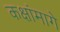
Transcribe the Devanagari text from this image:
कक्षांमागे